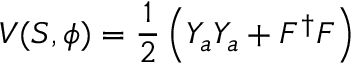
V ( S , \phi ) = \frac { 1 } { 2 } \left( Y _ { a } Y _ { a } + F ^ { \dagger } F \right)